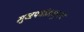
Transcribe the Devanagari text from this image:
मुखपत्रांमधूनच